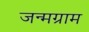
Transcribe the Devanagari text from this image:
जन्मग्राम